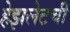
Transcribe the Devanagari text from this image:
हेझलेटची